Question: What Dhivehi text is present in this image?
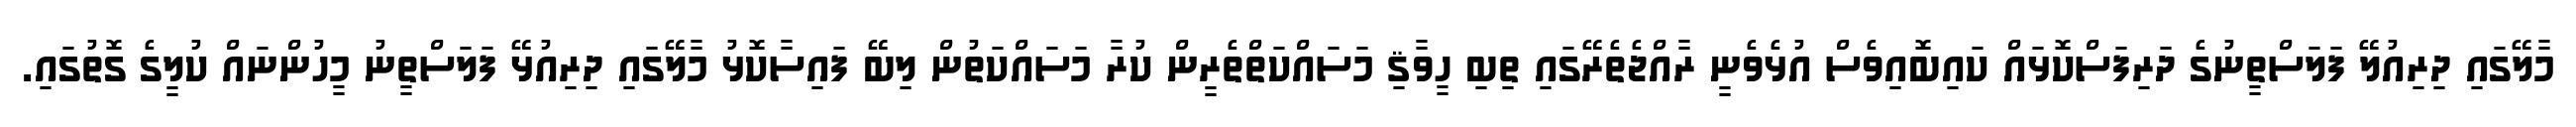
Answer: މާލޭގައި ދިރިއުލޭ ފަލަސްތީނުގެ ދަރިފަސްކޮޅައް ކައިބޮއިވެސް އުޅެވެނީ ރާއްޖެތެރޭގައި ތިބި ހީވާޤި މަސައްކަތްތެރީން ކުރާ މަސައްކަތުން ލިބޭ ފައިސާކޮޅު މާލޭގައި ދިރިއުޅޭ ފަލަސްތީނު މީހުންނައް ކުލީގެ ގޮތުގައި.